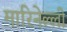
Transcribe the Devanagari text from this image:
मारिनेल्ली